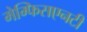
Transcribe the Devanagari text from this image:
मेम्फिसएनटी